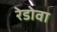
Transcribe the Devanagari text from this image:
रेडोवा